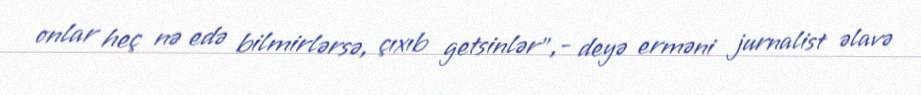
onlar heç nə edə bilmirlərsə, çıxıb getsinlər”,- deyə erməni jurnalist əlavə